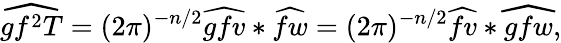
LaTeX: \widehat{gf^{2}T}=(2\pi)^{-n/2}\widehat{gfv}*\widehat{fw}=(2\pi)^{-n/2}\widehat{fv}*\widehat{gfw},